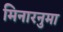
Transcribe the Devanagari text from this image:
मिनारनुमा